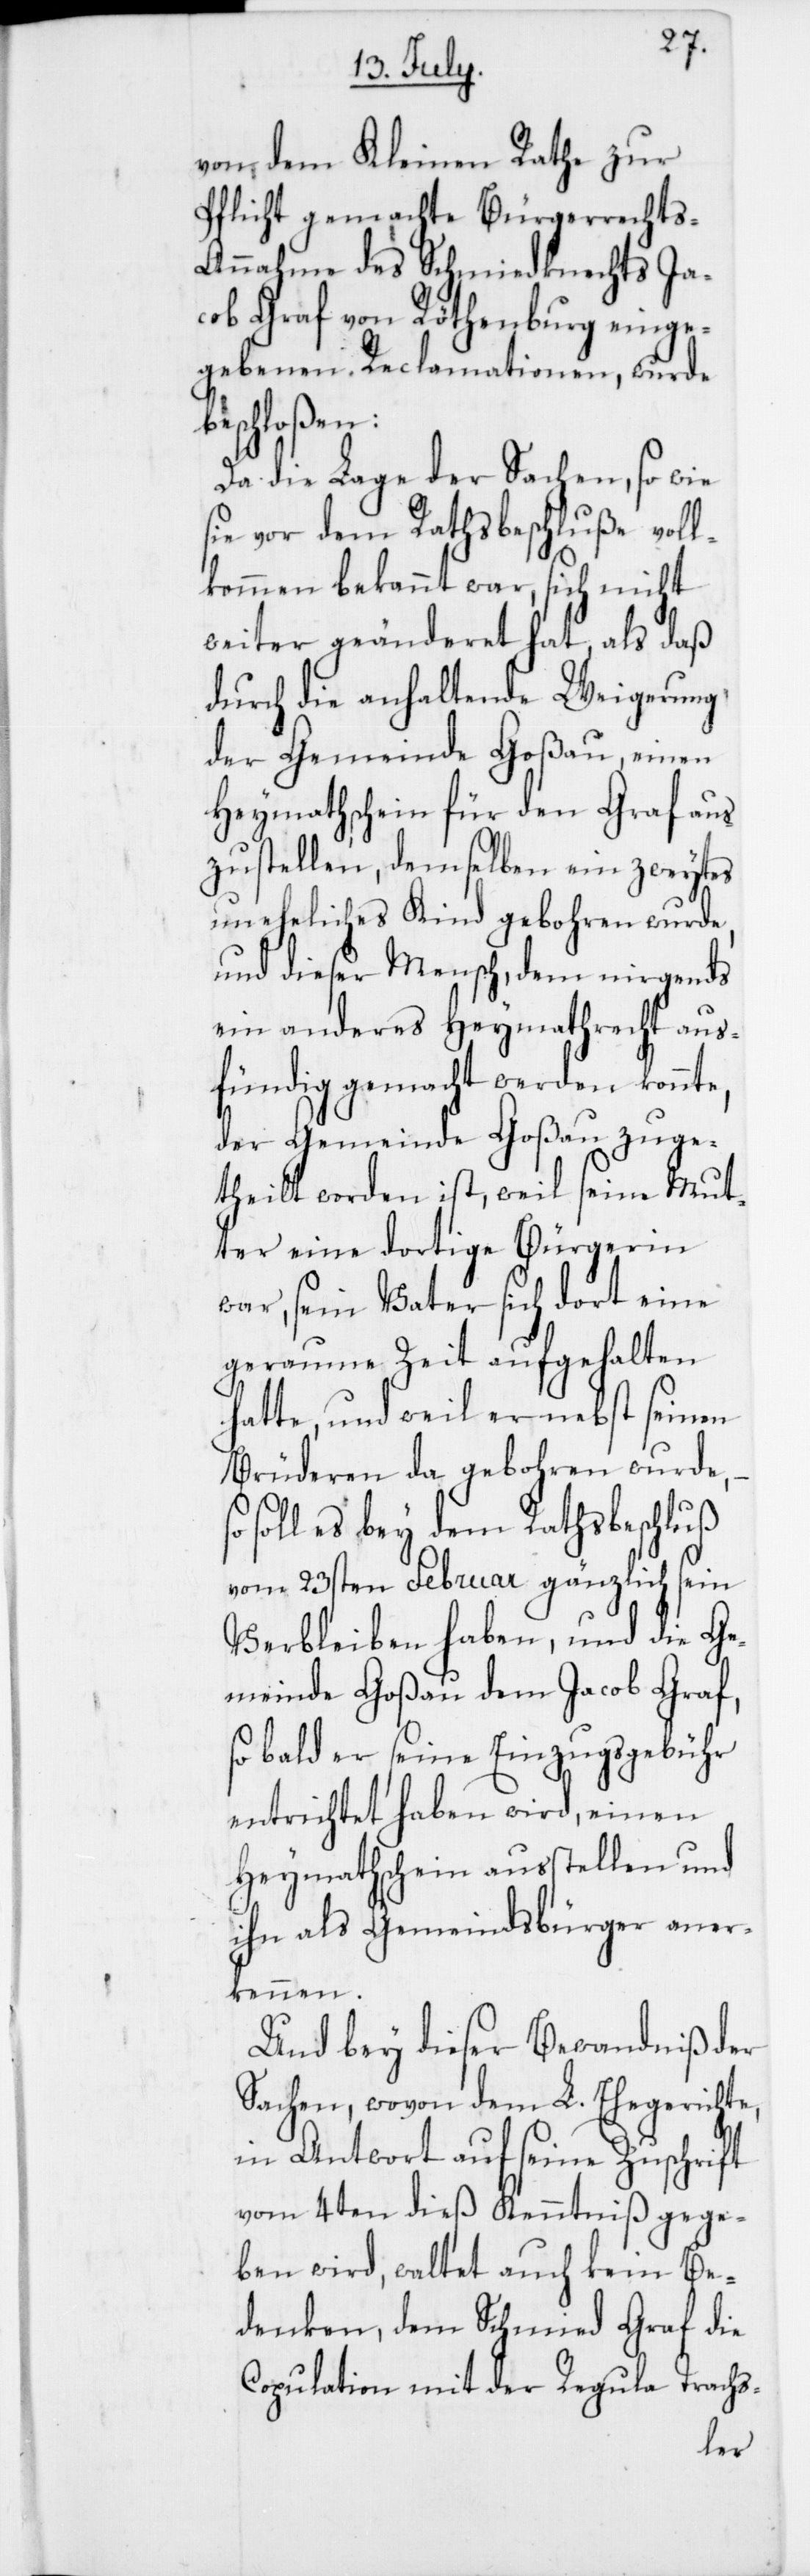
ic!] Ja¬
von dem Kleinen Rathe zur
Pflicht gemachte Bürgerrechts-A¬
nnahme des Schmiedknechts [s¬
cob Graf von Röthenburg einge¬
gebenen Reclamationen, wurde
beschloßen:
Da die Lage der Sachen, so wie
sie vor dem Rathsbeschluße voll¬
kommen bekannt war, sich nicht
weiter geänderet hat, als daß
durch die anhaltende Weigerung,
der Gemeinde Goßau, einen
Heymathschein für den Graf aus¬
zustellen, demselben ein zweytes
uneheliches Kind gebohren wurde,
und dieser Mensch, dem nirgends
ein anderes Heymathrecht aus¬
fündig gemacht werden konnte,
der Gemeinde Goßau zuge¬
theilt worden ist, weil seine Mut¬
ter eine dortige Bürgerin
war, sein Vater sich dort eine
geraume Zeit aufgehalten
hatte, und weil er nebst seinen
Brüderen da gebohren wurde,
soll es bey dem Rathsbeschluß
vom 23sten Februar gänzlich sein
Verbleiben haben, und die Ge¬
meinde Goßau dem Jacob Graf,
so bald er seine Einzugsgebühr
entrichtet haben wird, einen
Heymathschein ausstellen und
ihn als Gemeindsbürger aner¬
kennen.
Und bey dieser Bewandniß der
Sachen, wovon dem L. Ehegerichte,
in Antwort auf seine Zuschrift
vom 4ten dieß Kenntniß gege¬
ben wird, waltet auch kein Be¬
denken, dem Schmied Graf die
Copulation mit der Regula Trachs-